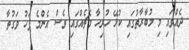
ދެއްވައި މި މުބާރާތުގައި ކުޅޭ ހުރިހާ މެޗެއްގައި ވެސް އެންމެ ފަހު ވަގުތާ